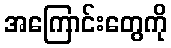
အကြောင်းတွေကို